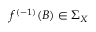
f ^ { ( - 1 ) } ( B ) \in \Sigma _ { X }